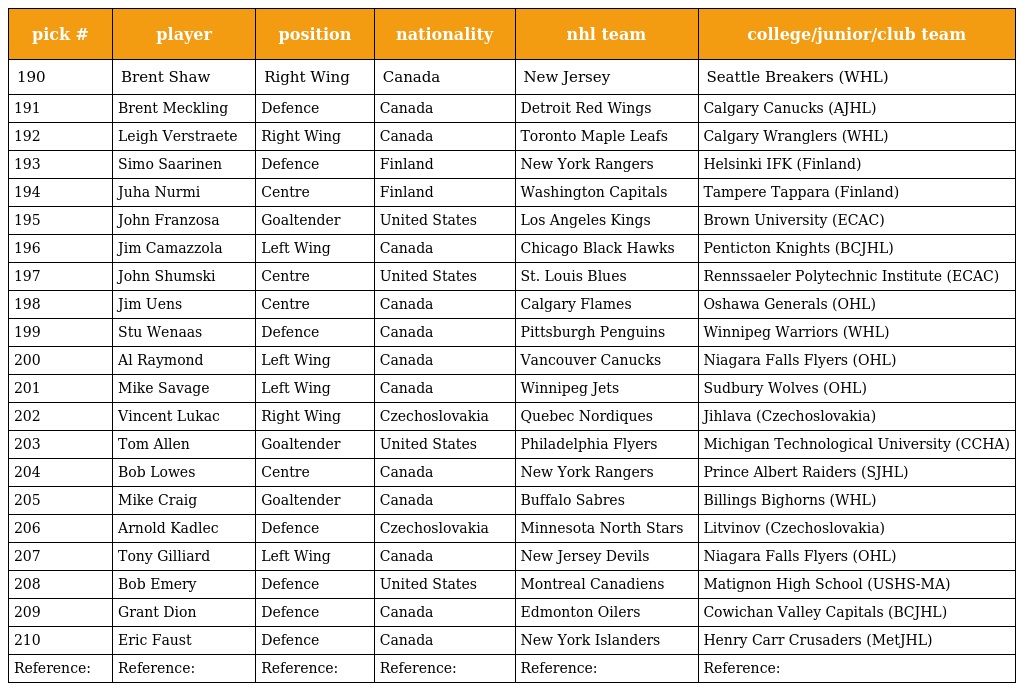
| pick # | player | position | nationality | nhl team | college/junior/club team |
 | --- | --- | --- | --- | --- | --- |
 | 190 | Brent Shaw | Right Wing | Canada | New Jersey | Seattle Breakers (WHL) |
 | 191 | Brent Meckling | Defence | Canada | Detroit Red Wings | Calgary Canucks (AJHL) |
 | 192 | Leigh Verstraete | Right Wing | Canada | Toronto Maple Leafs | Calgary Wranglers (WHL) |
 | 193 | Simo Saarinen | Defence | Finland | New York Rangers | Helsinki IFK (Finland) |
 | 194 | Juha Nurmi | Centre | Finland | Washington Capitals | Tampere Tappara (Finland) |
 | 195 | John Franzosa | Goaltender | United States | Los Angeles Kings | Brown University (ECAC) |
 | 196 | Jim Camazzola | Left Wing | Canada | Chicago Black Hawks | Penticton Knights (BCJHL) |
 | 197 | John Shumski | Centre | United States | St. Louis Blues | Rennssaeler Polytechnic Institute (ECAC) |
 | 198 | Jim Uens | Centre | Canada | Calgary Flames | Oshawa Generals (OHL) |
 | 199 | Stu Wenaas | Defence | Canada | Pittsburgh Penguins | Winnipeg Warriors (WHL) |
 | 200 | Al Raymond | Left Wing | Canada | Vancouver Canucks | Niagara Falls Flyers (OHL) |
 | 201 | Mike Savage | Left Wing | Canada | Winnipeg Jets | Sudbury Wolves (OHL) |
 | 202 | Vincent Lukac | Right Wing | Czechoslovakia | Quebec Nordiques | Jihlava (Czechoslovakia) |
 | 203 | Tom Allen | Goaltender | United States | Philadelphia Flyers | Michigan Technological University (CCHA) |
 | 204 | Bob Lowes | Centre | Canada | New York Rangers | Prince Albert Raiders (SJHL) |
 | 205 | Mike Craig | Goaltender | Canada | Buffalo Sabres | Billings Bighorns (WHL) |
 | 206 | Arnold Kadlec | Defence | Czechoslovakia | Minnesota North Stars | Litvinov (Czechoslovakia) |
 | 207 | Tony Gilliard | Left Wing | Canada | New Jersey Devils | Niagara Falls Flyers (OHL) |
 | 208 | Bob Emery | Defence | United States | Montreal Canadiens | Matignon High School (USHS-MA) |
 | 209 | Grant Dion | Defence | Canada | Edmonton Oilers | Cowichan Valley Capitals (BCJHL) |
 | 210 | Eric Faust | Defence | Canada | New York Islanders | Henry Carr Crusaders (MetJHL) |
 | Reference: | Reference: | Reference: | Reference: | Reference: | Reference: |